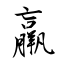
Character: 羸